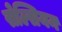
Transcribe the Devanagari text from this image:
सेल्सियन